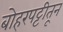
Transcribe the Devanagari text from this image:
बोहरपट्टीतून